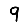
Digit: 9